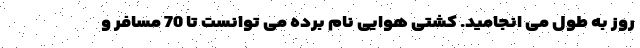
روز به طول می انجامید. کشتی هوایی نام برده می توانست تا 70 مسافر و